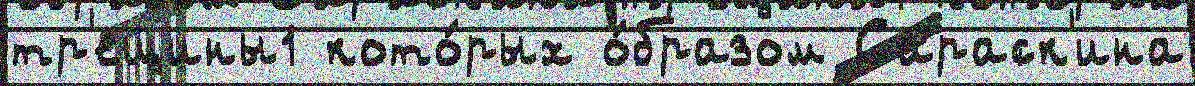
тр'ещины1 кото́рых о́бразом Сараск'ина